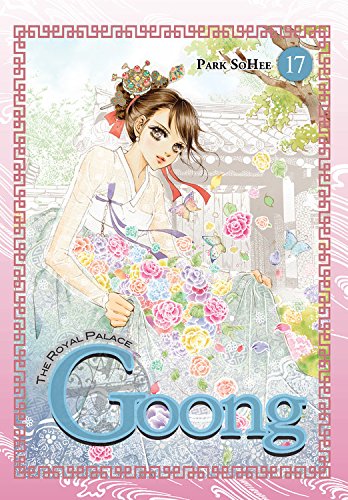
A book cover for Goong, Vol. 17: The Royal Palace; Teen & Young Adult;